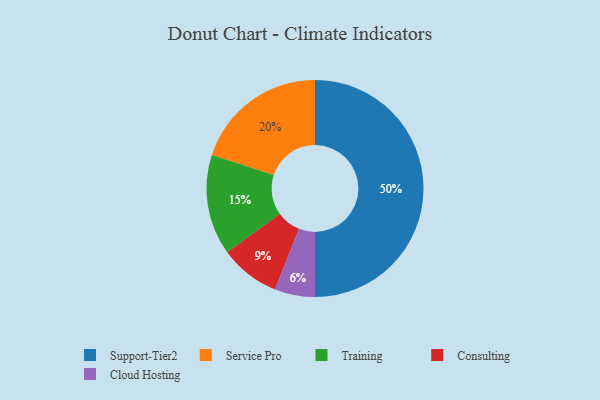
{"axis": {"x": "Category", "y": "Percentage"}, "legend": ["Cloud Hosting", "Consulting", "Service Pro", "Support-Tier2", "Training"], "data": [{"x": "Service Pro", "y": 20, "type": "Service Pro"}, {"x": "Training", "y": 15, "type": "Training"}, {"x": "Cloud Hosting", "y": 6, "type": "Cloud Hosting"}, {"x": "Consulting", "y": 9, "type": "Consulting"}, {"x": "Support-Tier2", "y": 50, "type": "Support-Tier2"}]}